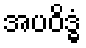
အပဝိဒ္ဓံ